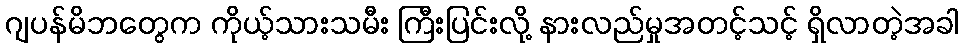
ဂျပန်မိဘတွေက ကိုယ့်သားသမီး ကြီးပြင်းလို့ နားလည်မှုအတင့်သင့် ရှိလာတဲ့အခါ